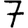
Digit: 7